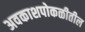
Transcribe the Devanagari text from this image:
अवकाशपोकळीतील